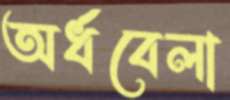
অর্ধবেলা